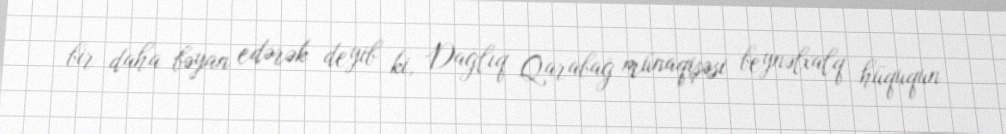
bir daha bəyan edərək deyib ki, Dağlıq Qarabağ münaqişəsi beynəlxalq hüququn